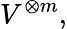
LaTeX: V^{\otimes m},